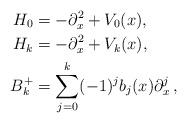
LaTeX: \begin{align*}H_0 &=-\partial_x^2 + V_0(x),\\H_k &= - \partial_x^2 + V_k(x),\\B_k^+ &= \sum_{j=0}^k (-1)^j b_{j}(x)\partial_x^j\, ,\end{align*}